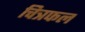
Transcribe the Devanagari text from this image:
चित्रफल